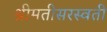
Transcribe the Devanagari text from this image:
श्रीमतीसरस्‍वती